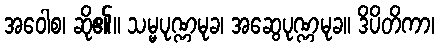
အဝေါစ၊ ဆို၏။ သမ္မပုဏ္ဏမုခ၊ အဆွေပုဏ္ဏမုခ။ ဒိပိတိကာ၊